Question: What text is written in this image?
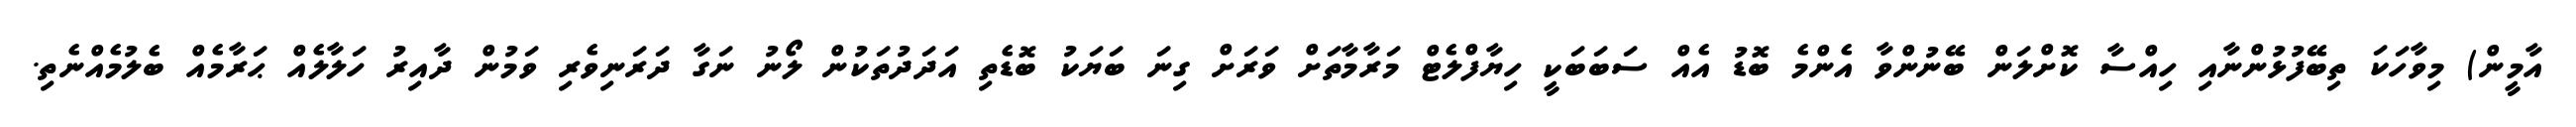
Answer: އާމީން) މިވާހަކަ ތިބޭފުޅުންނާއި ހިއްސާ ކޮށްލަން ބޭނުންވާ އެންމެ ބޮޑު އެއް ސަބަބަކީ ހިޔާފްލެޓް މަރާމާތަށް ވަރަށް ގިނަ ބަޔަކު ބޮޑެތި އަދަދުތަކުން ލޯނު ނަގާ ދަރަނިވެރި ވަމުން ދާއިރު ހަލާލެއް ޙަރާމެއް ބެލުމެއްނެތި.